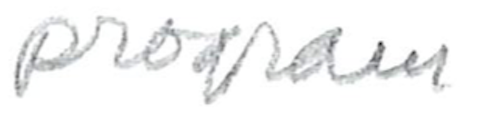
Text: program
Cross-out: clean
Writing tool: pencil